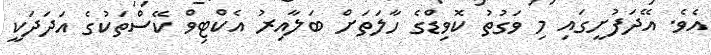
އެވެ. އޭދަފުށީގައި މި ވަގުތު ކޮވިޑްގެ ހާލަތަށް ބަލާއިރު އެކްޓިވް ކޭސްތަކުގެ އަދަދަކީ